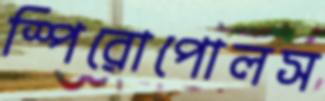
স্পিরোপোলস